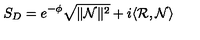
S _ { D } = e ^ { - \phi } \sqrt { \| \mathcal { N } \| ^ { 2 } } + i \langle \mathcal { R } , \mathcal { N } \rangle